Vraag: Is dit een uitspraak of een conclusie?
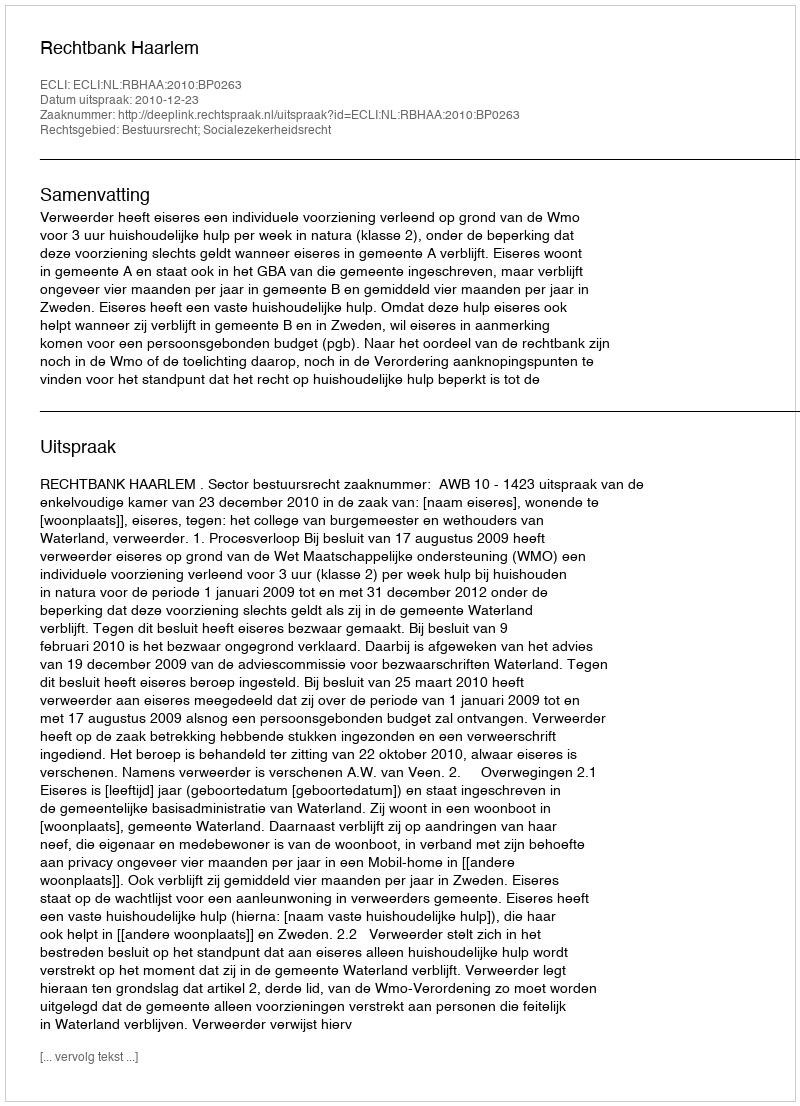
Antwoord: Uitspraak